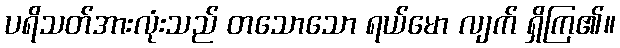
ပရိသတ်အားလုံးသည် တသောသော ရယ်မော လျက် ရှိကြ၏။